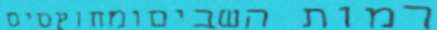
רמות השביםומחוץסיס